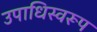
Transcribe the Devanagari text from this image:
उपाधिस्वरूप